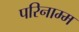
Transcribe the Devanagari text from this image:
परिनाम्म